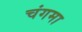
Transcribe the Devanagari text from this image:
चंगमा